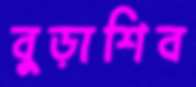
বুড়াশিব